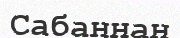
Сабаннан